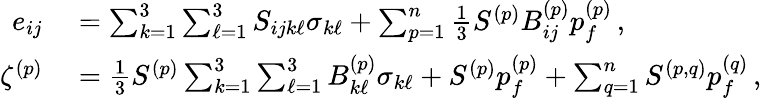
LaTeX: \begin{array}{rl}{e_{ij}}&{{}=\sum_{k=1}^{3}\sum_{\ell=1}^{3}S_{ijk\ell}\sigma_{k\ell}+\sum_{p=1}^{n}\frac{1}{3}S^{(p)}B_{ij}^{(p)}p_{f}^{(p)}\, ,}\\ {\zeta^{(p)}}&{{}=\frac{1}{3}S^{(p)}\sum_{k=1}^{3}\sum_{\ell=1}^{3}B_{k\ell}^{(p)}\sigma_{k\ell}+S^{(p)}p_{f}^{(p)}+\sum_{q=1}^{n}S^{(p,q)}p_{f}^{(q)}\, ,}\end{array}